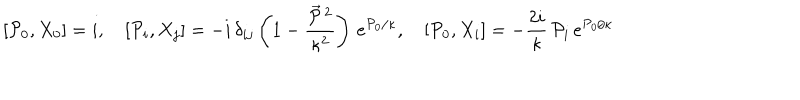
[ { \cal P } _ { 0 } , X _ { 0 } ] = i , \quad [ { \cal P } _ { i } , X _ { j } ] = - i \, \delta _ { i j } \left( 1 - \frac { \vec { { \cal P } } \, { } ^ { 2 } } { \kappa ^ { 2 } } \right) \, e ^ { { \cal P } _ { 0 } / \kappa } , \quad [ { \cal P } _ { 0 } , X _ { i } ] = - \frac { 2 i } \kappa \, { \cal P } _ { i } \, e ^ { { \cal P } _ { 0 } / \kappa }